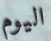
اليوم